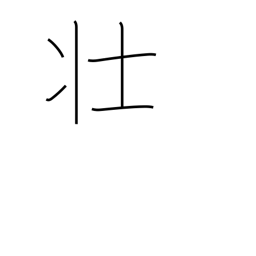
Meaning: robust